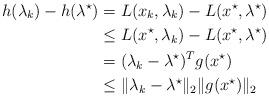
LaTeX: \begin{align*}h(\lambda_k) - h(\lambda^\star) & = L(x_k, \lambda_k) - L(x^\star,\lambda^\star) \\& \le L(x^\star, \lambda_k) - L(x^\star, \lambda^\star) \\& = (\lambda_k - \lambda^\star)^T g(x^\star) \\& \le \| \lambda_k - \lambda^\star \|_2 \| g(x^\star) \|_2 \end{align*}